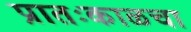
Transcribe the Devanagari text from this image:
प्रातःकाळचा